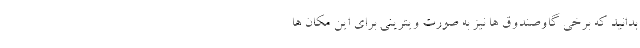
بدانید که برخی گاوصندوق ­ها نیز به صورت ویترینی برای این مکان­ ها